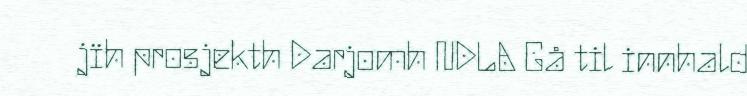
jïh prosjekth Darjomh NDLA Gå til innhald